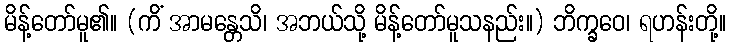
မိန့်တော်မူ၏။ (ကိံ အာမန္တေသိ၊ အဘယ်သို့ မိန့်တော်မူသနည်း။) ဘိက္ခဝေ၊ ရဟန်းတို့။